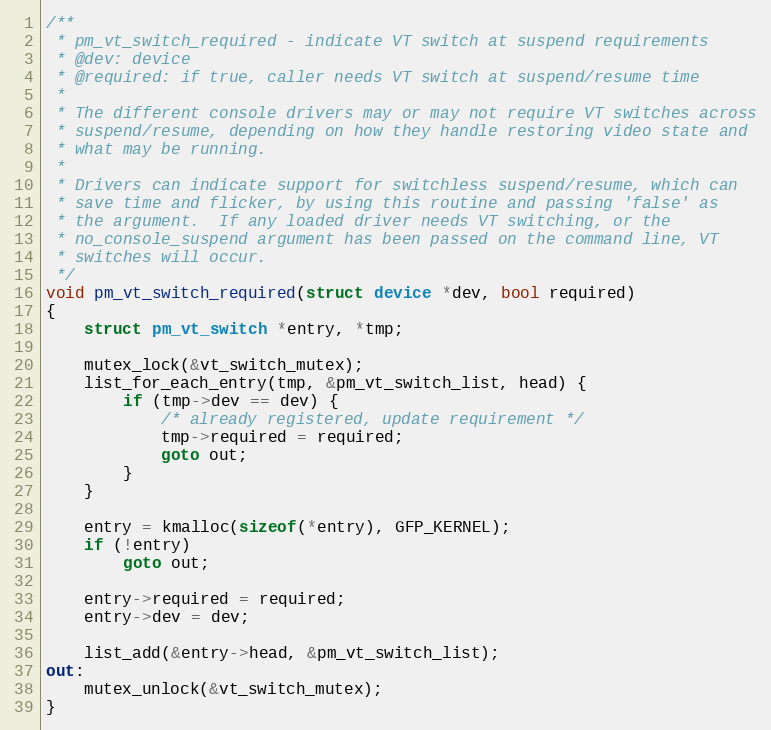
Language: C
/**
 * pm_vt_switch_required - indicate VT switch at suspend requirements
 * @dev: device
 * @required: if true, caller needs VT switch at suspend/resume time
 *
 * The different console drivers may or may not require VT switches across
 * suspend/resume, depending on how they handle restoring video state and
 * what may be running.
 *
 * Drivers can indicate support for switchless suspend/resume, which can
 * save time and flicker, by using this routine and passing 'false' as
 * the argument.  If any loaded driver needs VT switching, or the
 * no_console_suspend argument has been passed on the command line, VT
 * switches will occur.
 */
void pm_vt_switch_required(struct device *dev, bool required)
{
	struct pm_vt_switch *entry, *tmp;

	mutex_lock(&vt_switch_mutex);
	list_for_each_entry(tmp, &pm_vt_switch_list, head) {
		if (tmp->dev == dev) {
			/* already registered, update requirement */
			tmp->required = required;
			goto out;
		}
	}

	entry = kmalloc(sizeof(*entry), GFP_KERNEL);
	if (!entry)
		goto out;

	entry->required = required;
	entry->dev = dev;

	list_add(&entry->head, &pm_vt_switch_list);
out:
	mutex_unlock(&vt_switch_mutex);
}